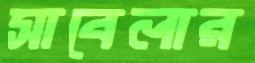
সাবেলার